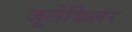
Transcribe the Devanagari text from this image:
जूलेकिलर